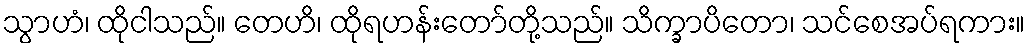
သွာဟံ၊ ထိုငါသည်။ တေဟိ၊ ထိုရဟန်းတော်တို့သည်။ သိက္ခာပိတော၊ သင်စေအပ်ရကား။